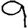
Digit: 9